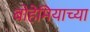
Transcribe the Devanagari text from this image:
बोहेमियाच्या